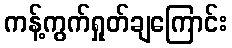
ကန့်ကွက်ရှုတ်ချကြောင်း